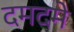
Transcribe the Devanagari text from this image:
दमदमे